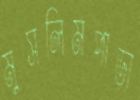
মুসলিমপাড়া